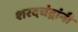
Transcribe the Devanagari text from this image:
शरदचंद्रांनी